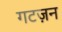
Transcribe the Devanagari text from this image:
गटज़न